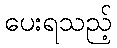
ပေးရသည့်